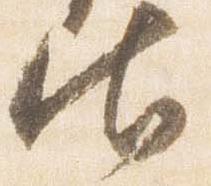
御